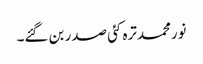
نورمحمدترہ کئی صدر بن گئے۔